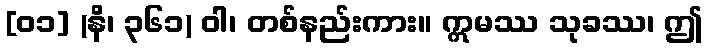
[၀၁] (နိ၊ ၃၆၁) ဝါ၊ တစ်နည်းကား။ ဣမဿ သုခဿ၊ ဤ